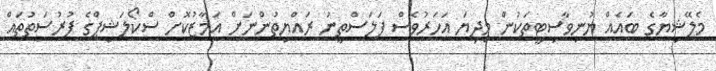
މެލޭޝިޔާގެ ބައެއް ޔުނިވާސިޓީތަކުން މިދިޔަ އަހަރުވެސް ފަލަސްތީނު ރައްޔިތުންނަށް އަމާޒުކޮށް ސްކޯލަޝިޕްގެ ފުރުސަތުތައް